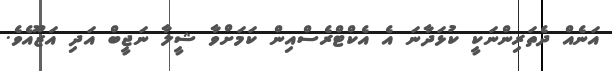
އަނެއް ދެތަރިންނަކީ ކުޅަދާނަ އެ އެކްޓްރެސްއިން ކަމަށްވާ ޝީލާ ނަޖީބް އަދި އަޒޫއެވެ.